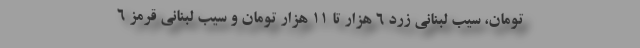
تومان، سیب لبنانی زرد ۶ هزار تا ۱۱ هزار تومان و سیب لبنانی قرمز ۶